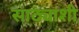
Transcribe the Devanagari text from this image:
साठ्याशी